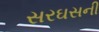
સરઘસની